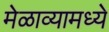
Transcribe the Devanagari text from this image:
मेळाव्यामध्ये